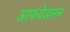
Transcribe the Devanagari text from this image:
आफवेडसन